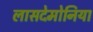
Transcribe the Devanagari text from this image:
लासदेमोनिया